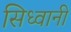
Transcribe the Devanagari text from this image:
सिध्वानी